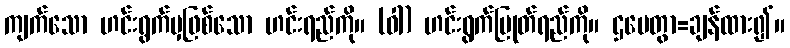
ကျက်သော ဟင်းရွက်မှဖြစ်သော ဟင်းရည်ကို။ (ဝါ) ဟင်းရွက်ပြုတ်ရည်ကို။ ဌပေတွာ=ချန်ထား၍။